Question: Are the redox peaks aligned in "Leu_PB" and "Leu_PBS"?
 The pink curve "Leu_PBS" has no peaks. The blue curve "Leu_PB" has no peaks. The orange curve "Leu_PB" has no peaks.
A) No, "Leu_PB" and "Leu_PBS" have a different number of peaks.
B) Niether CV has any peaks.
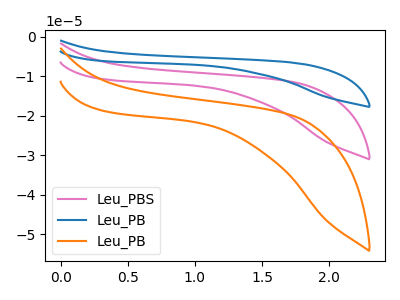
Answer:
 <answer>B) Niether CV has any peaks.</answer>
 <eval>B</eval>